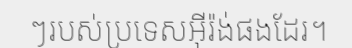
ៗរបស់ប្រទេសអ៊ីរ៉ង់ផងដែរ។